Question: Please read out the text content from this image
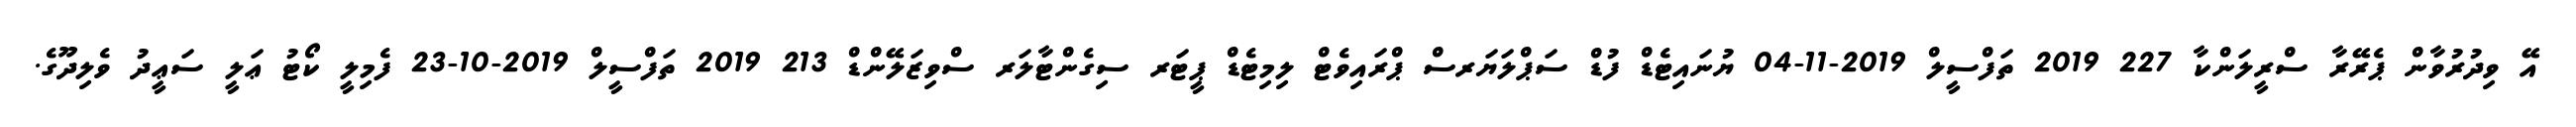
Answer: އޭ ވިދުރުވާން ޕެރޭރާ ސްރީލަންކާ 227 2019 ތަފްސީލް 2019-11-04 ޔުނައިޓެޑް ފުޑް ސަޕްލަޔަރސް ޕްރައިވެޓް ލިމިޓެޑް ޕީޓަރ ސިގެންޓާލަރ ސްވިޒަލޭންޑް 213 2019 ތަފްސީލް 2019-10-23 ފެމިލީ ކޯޓު ޢަލީ ސަޢީދު ވެލިދޫގެ.